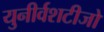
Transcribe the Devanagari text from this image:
युनीर्वशटीजो